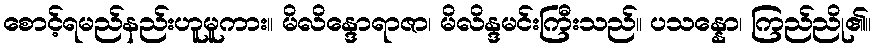
စောင့်ရမည်နည်းဟူမူကား။ မိလိန္ဒောရာဇာ၊ မိလိန္ဒမင်းကြီးသည်။ ပသန္နော၊ ကြည်ညို၏။